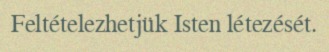
Feltételezhetjük Isten létezését.